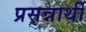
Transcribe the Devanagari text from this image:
प्रसन्नार्थी